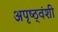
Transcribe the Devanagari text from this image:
अपृष्ठ्वंशी